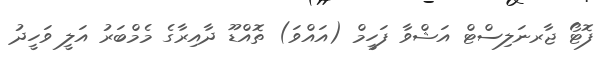
ފޮޓޯ ޖާރނަލިސްޓް އަޝްވާ ފަހީމް (އައްވަ) ތޮއްޑޫ ދާއިރާގެ މެމްބަރު އަލީ ވަހީދު